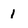
Character: 1